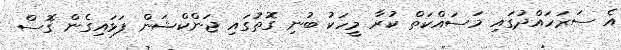
އެ ސަރަހައްދުގައި މަސައްކަތް ކުރާ މީހަކު ބުނި ގޮތުގައި ޖަންކްޝަން ފަޅައިގެން ގޮސް